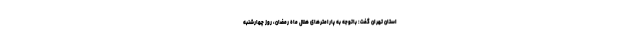
استان تهران گفت: باتوجه به پارامترهای هلال ماه رمضان، روز چهارشنبه